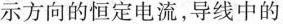
示方向的恒定电流，导线中的